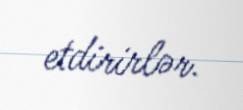
etdirirlər.